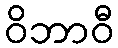
ဝိဘာဝီ